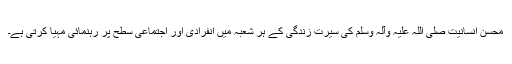
محسن انسانیت صلی اللہ علیہ وآلہ وسلم کی سیرت زندگی کے ہر شعبہ میں انفرادی اور اجتماعی سطح پر رہنمائی مہیا کرتی ہے۔